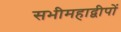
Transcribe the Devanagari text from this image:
सभीमहाद्वीपों